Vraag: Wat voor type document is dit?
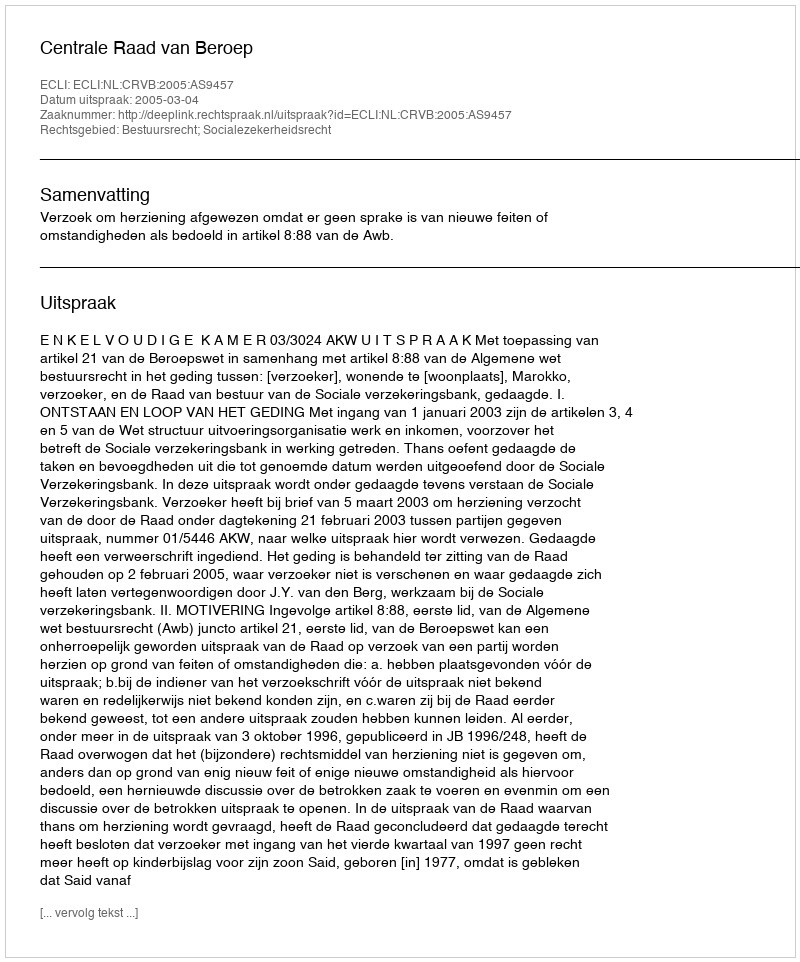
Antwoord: Uitspraak